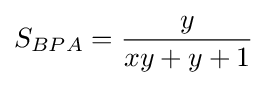
S_{BPA}={\frac {y}{xy+y+1}}